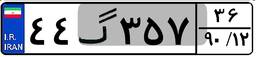
۳۲گ۱۸۷۷۲